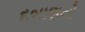
દબાણનો